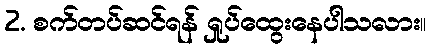
2. စက်တပ်ဆင်ရန် ရှုပ်ထွေးနေပါသလား။